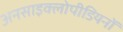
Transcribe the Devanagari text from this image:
अनसाइक्लोपीडियनों